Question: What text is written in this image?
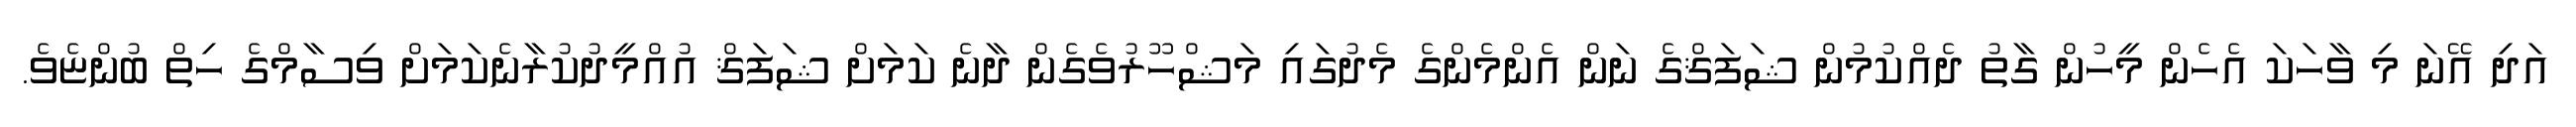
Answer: އަދި އޭނަ މި ވާހަކަ އެހެން މީހުން ގާތު ދެއްކުމުން ޝަފަޤްގެ ނަން އެންމެންގެ މެދުގައި މަޝްހޫރުވެގެން ދާނެ ކަމަށް ޝަފަޤް އުއްމީދުކުރާނެކަމަށް ވިސާމްގެ ހިތް ބުންޏެވެ.